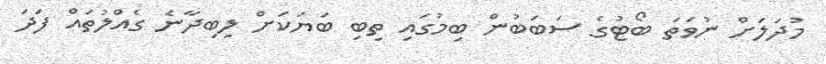
މުދަލަށް ނުވަތަ ބޯޓުގެ ސަބަބުން ބިމުގައި ތިބި ބަޔަކަށް ލިބިދާނެ ގެއްލުތައް ފަދަ